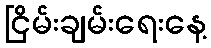
ငြိမ်းချမ်းရေးနေ့